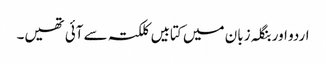
اردو اور بنگلہ زبان میں کتابیں کلکتہ سے آئی تھیں۔